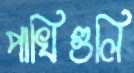
পাখিগুলি